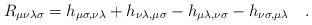
LaTeX: \begin{align*}R_{\mu\nu\lambda\sigma} =h_{\mu\sigma,\nu\lambda}+h_{\nu\lambda,\mu\sigma}-h_{\mu\lambda,\nu\sigma}-h_{\nu\sigma,\mu\lambda} \quad .\end{align*}